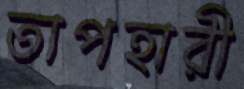
তাপহারী